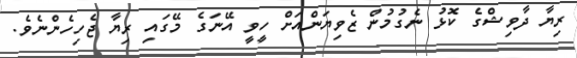
ރިޔާ ދާވިޝްގެ ކޮޅު ނެގުމުން ޒެވިޔަންއަށް ހީވީ އޭނަގެ މޭގައި ރިޔާ ޖެހިހެންނެވެ.